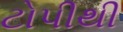
ટોપીથી